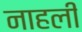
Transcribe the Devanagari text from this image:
नाहली